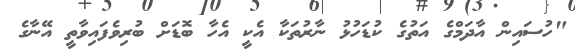
"ހުސައިން އާދަމްގެ އަތުގެ ކުޑަހުޅު ނާރުތަކާ އެކީ އެހާ ބޮޑަށް ބުރިވެފައިވާތީ އޭނާގެ